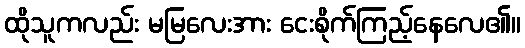
ထိုသူကလည်း မမြလေးအား ငေးစိုက်ကြည့်နေလေ၏။